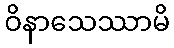
ဝိနာသေဿာမိ